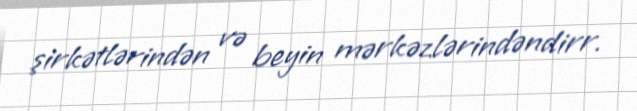
şirkətlərindən və beyin mərkəzlərindəndirr.